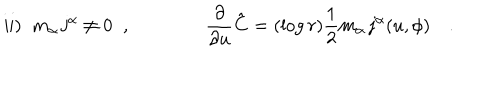
\mathrm { i i } ) \; \; m _ { \alpha } \, { \bf j ^ { \alpha } } \ne 0 \; \; , \qquad \qquad \frac { \partial } { \partial u } { \bf { \hat { C } } } = ( \log r ) \frac { 1 } { 2 } m _ { \alpha } \, { \bf j ^ { \alpha } } ( u , \phi ) \quad . \qquad \qquad \qquad \qquad